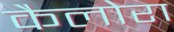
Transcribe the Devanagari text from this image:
कैलोरा